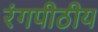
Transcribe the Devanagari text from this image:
रंगपीठीय